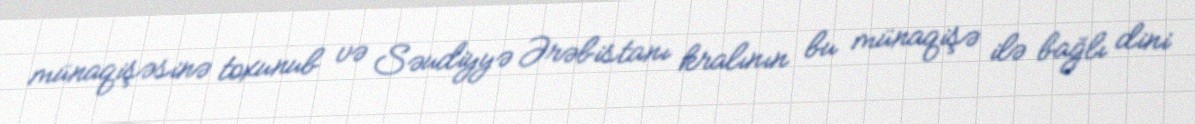
münaqişəsinə toxunub və Səudiyyə Ərəbistanı kralının bu münaqişə ilə bağlı dini